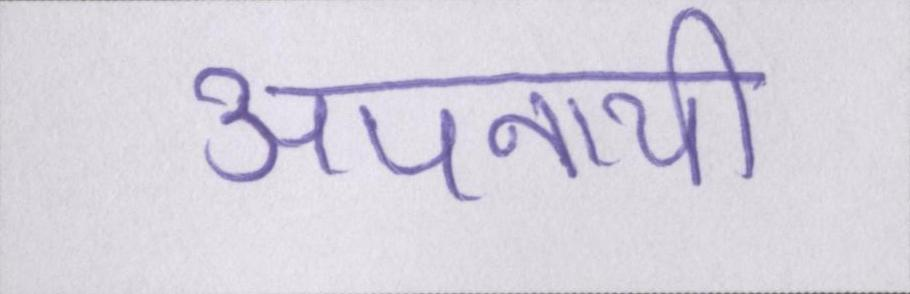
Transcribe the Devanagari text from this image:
अपनायी